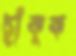
ছাঁকুক